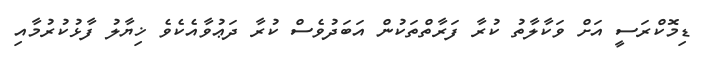
ޑިމޮކްރަސީ އަށް ވަކާލާތު ކުރާ ފަރާތްތަކުން އަބަދުވެސް ކުރާ ދަޢުވާއެކެވެ ޚިޔާލު ފާޅުކުރުމާއި